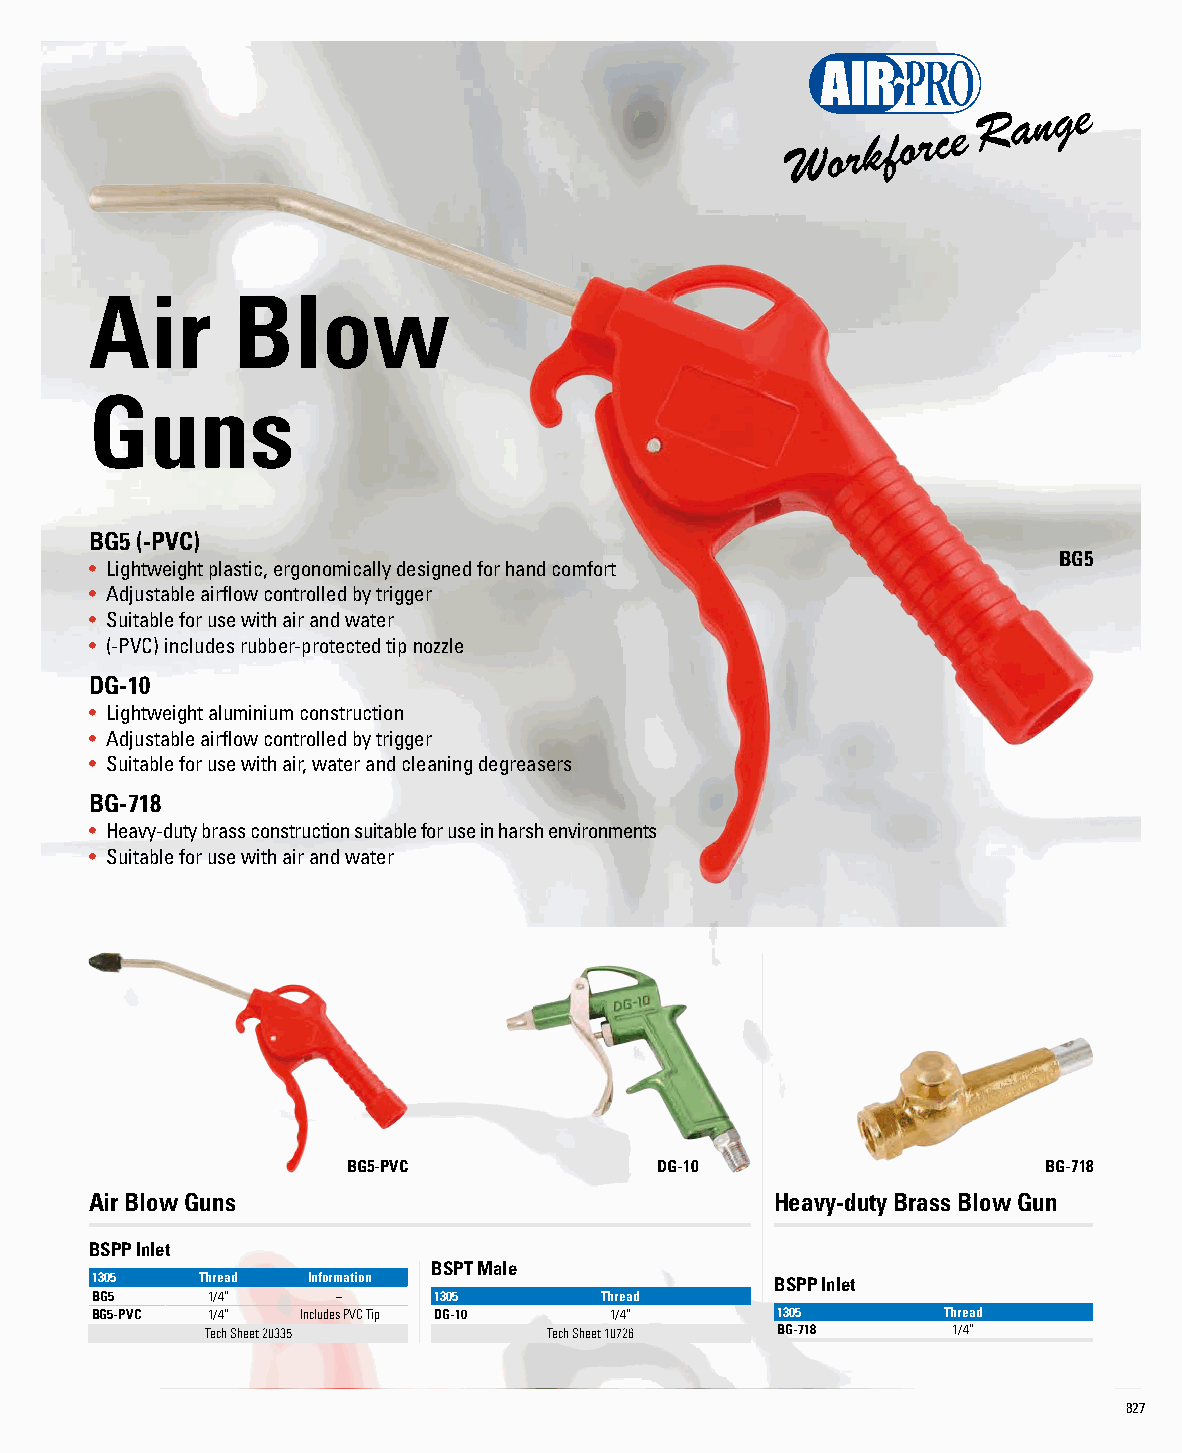
Air      Blow
 Guns
 BG5 (-PVC)
 BG5
 • L ightweight plastic, ergonomically designed for hand comfort
 • Adjustable airflow controlled by trigger
 • Suitable for use with air and water
 • (-PVC) includes rubber-protected tip nozzle
 DG-10
 • Lightweight aluminium construction
 • Adjustable airflow controlled by trigger
 • Suitable for use with air, water and cleaning degreasers
 BG-718
 • H eavy-duty brass construction suitable for use in harsh environments
 • Suitable for use with air and water
 BG5-PVC             DG-10                     BG-718
 Air Blow Guns                                Heavy-duty Brass Blow Gun
 BSPP Inlet
 BSPT Male
 1305   Thread Information                    BSPP Inlet
 BG5     1/4”    –      1305       Thread
 BG5-PVC 1/4”  Includes PVC Tip DG-10 1/4”    1305       Thread
 Tech Sheet 20335      Tech Sheet 10726 BG-718    1/4”
 827